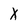
Character: x